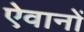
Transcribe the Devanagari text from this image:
ऐवानों